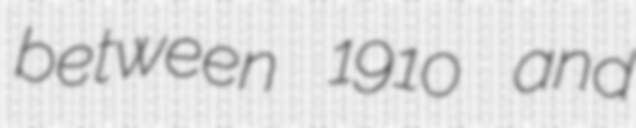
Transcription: between 1910 and